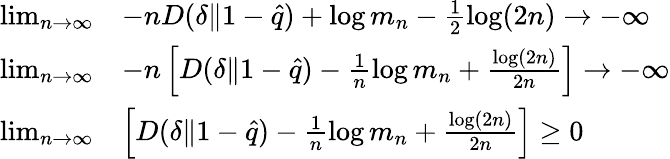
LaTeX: \begin{array}{rl}{\operatorname*{lim}_{n\to\infty}}&{-nD(\delta\| 1-\hat{q})+\log m_{n}-\frac{1}{2}\log(2n)\to-\infty}\\ {\operatorname*{lim}_{n\to\infty}}&{-n\left[D(\delta\| 1-\hat{q})-\frac{1}{n}\log m_{n}+\frac{\log(2n)}{2n}\right]\to-\infty}\\ {\operatorname*{lim}_{n\to\infty}}&{\left[D(\delta\| 1-\hat{q})-\frac{1}{n}\log m_{n}+\frac{\log(2n)}{2n}\right]\ge 0}\end{array}